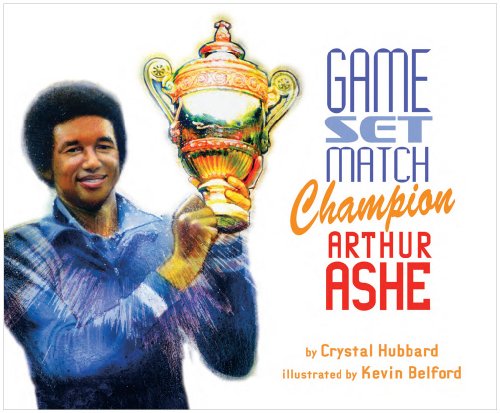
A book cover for Game, Set, Match Champion Arthur Ashe; Crystal Hubbard; Children's Books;